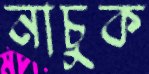
নাচুক